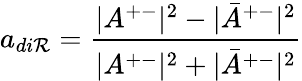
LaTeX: a_{di\mathcal{R}}=\frac{{|A^{+-}|^{2}-|\bar{{A}}^{+-}|^{2}}}{{|A^{+-}|^{2}+|\bar{{A}}^{+-}|^{2}}}